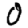
Digit: 0